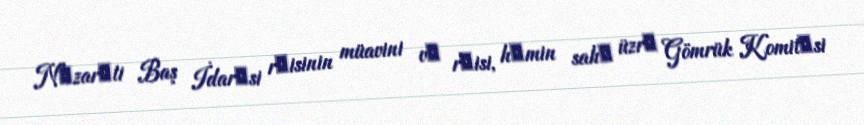
Nәzarәti Baş İdarәsi rәisinin müavini vә rәisi, hәmin sahә üzrә Gömrük Komitәsi